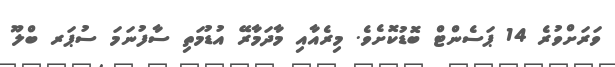
ވަރަށްވުރެ 14 ޕަސެންޓް ބޮޑުކޮށެވެ. މިރެއާއި މާދަމާރޭ އުޑުމަތި ސާފުނަމަ ސުޕަރ ބްލޫ